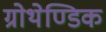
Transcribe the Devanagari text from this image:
ग्रोथेण्डिक